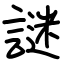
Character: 謎